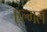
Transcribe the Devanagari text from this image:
एल्गल